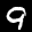
Label: 9